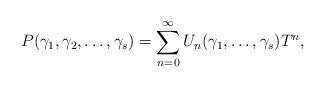
LaTeX: \begin{align*}P(\gamma_1, \gamma_2, \ldots, \gamma_s) = \sum_{n = 0}^{\infty}U_n(\gamma_1, \ldots, \gamma_s) T^n,\end{align*}